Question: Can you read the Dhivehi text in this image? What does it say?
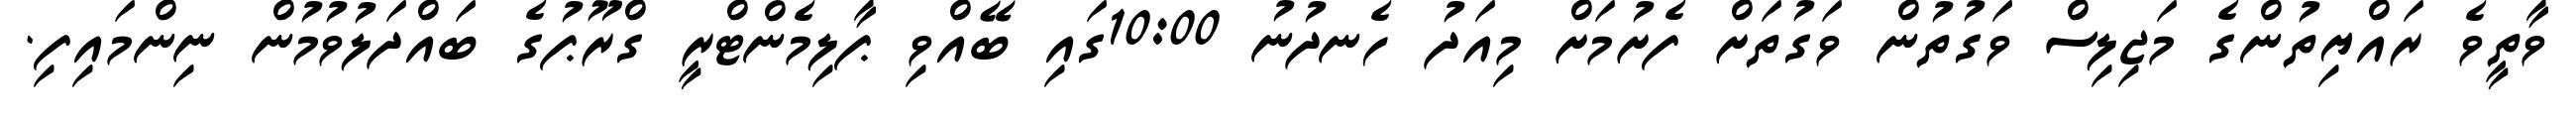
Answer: ވާތީވެ ރައްޔިތުންގެ މަޖިލިސް ވަގުތުން ވަގުތަށް ފެށުމަށް މިއަދު ހެނދުނު 10:00ގައި ބޭއްވި ޕާލިމެންޓްރީ ގްރޫޕުގެ ބައްދަލުވުމުން ނިންމައިފި.